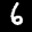
Label: 6